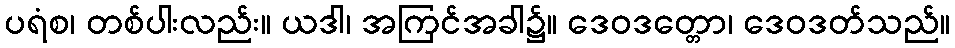
ပရံစ၊ တစ်ပါးလည်း။ ယဒါ၊ အကြင်အခါ၌။ ဒေဝဒတ္တော၊ ဒေဝဒတ်သည်။